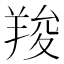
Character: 羧